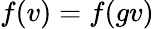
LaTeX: f(v)=f(gv)